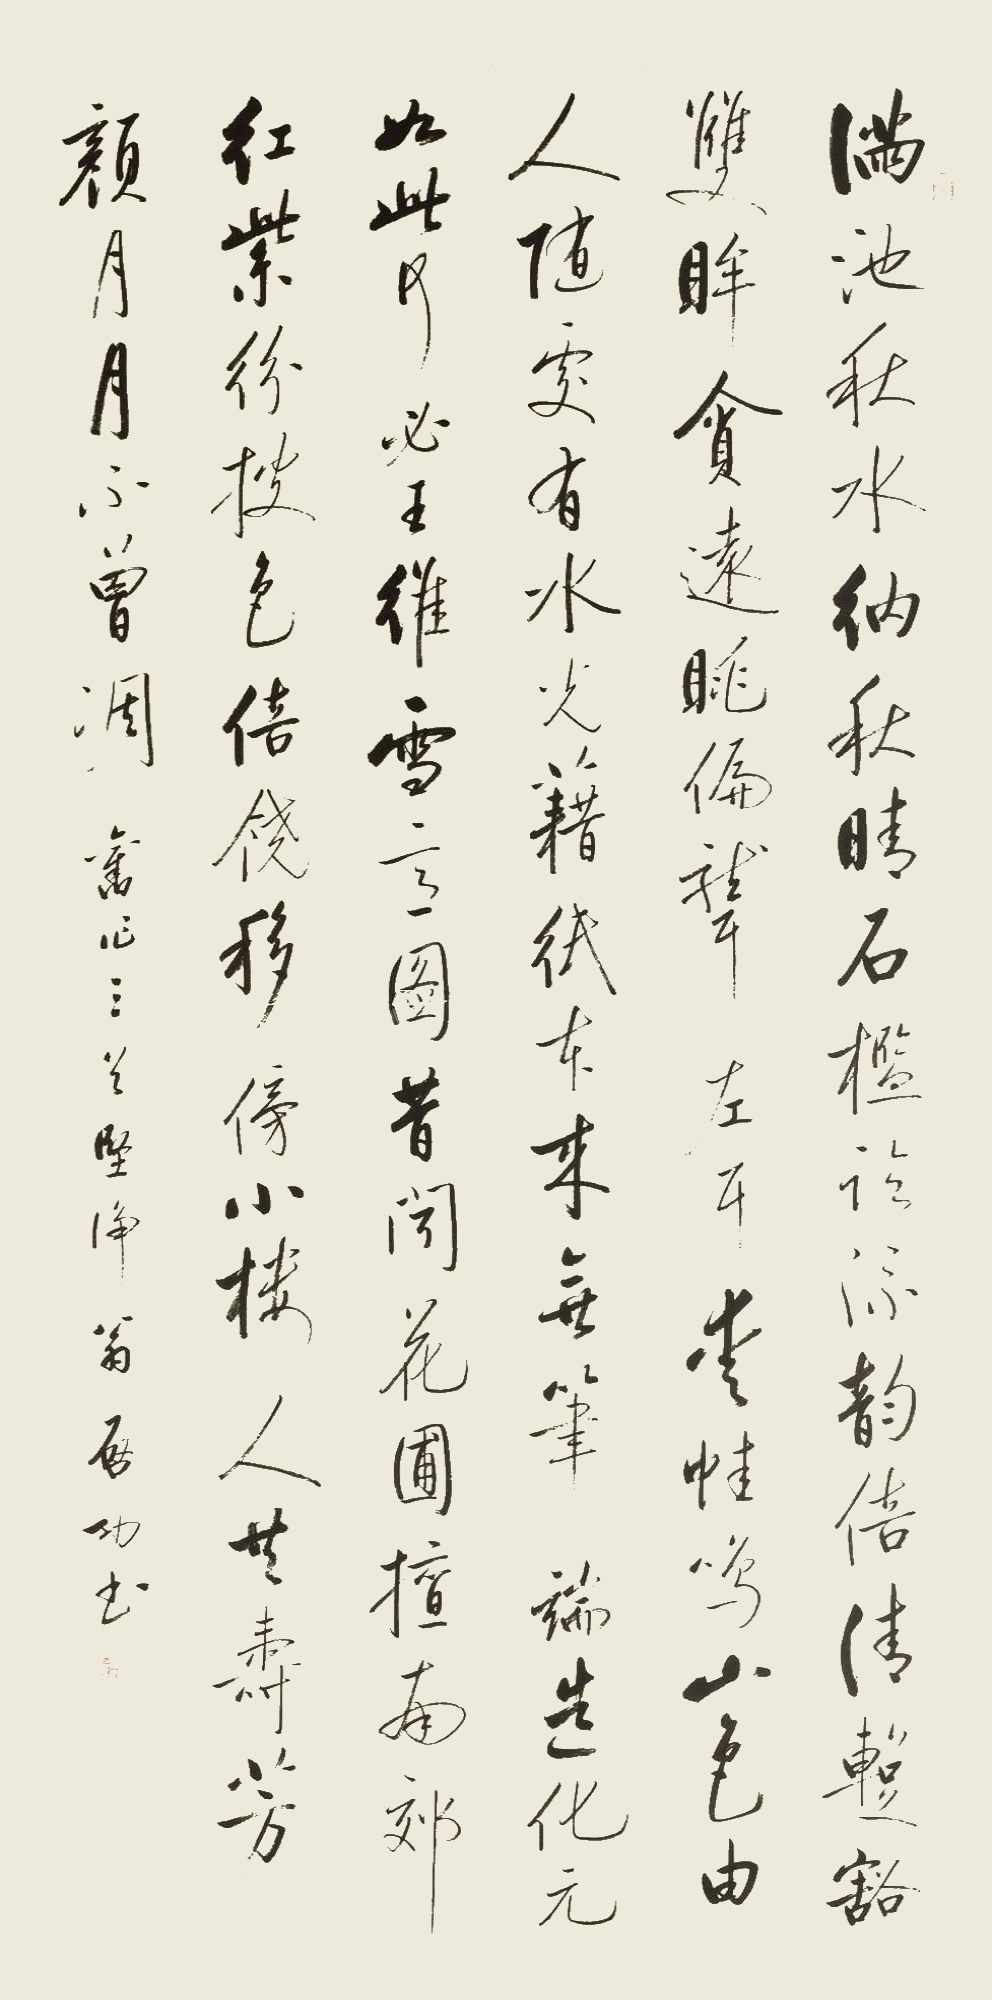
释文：池满秋水纳秋晴，石槛临流韵倍清。𫏐豁双眸贪远眺，偏聋左耳爱蛙鸣。山色由人随处有，水光藉纸本来无。笔端造化元如此，何必王维雪意图。昔闻花圃擅南郊，红紫纷披色倍饶。移傍小楼人共寿，芳颜月月不曾凋。旧作三首，坚净翁启功书。